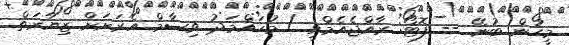
މީހުން ބުނޭ -- ފޮޓޯ: ރާއްޖެއެމްވީ / މުހައްމަދު ވިސާމް އެރަށަށް ޒިޔާރަތް